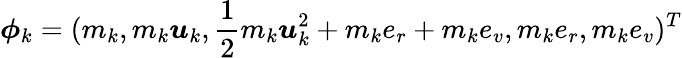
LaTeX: \boldsymbol{\phi}_{k}=(m_{k},m_{k}\boldsymbol{u}_{k},\frac{1}{2}m_{k}\boldsymbol{u}_{k}^{2}+{m_{k}}{e_{r}}+{m_{k}}{e_{v}},{m_{k}}{e_{r}},{m_{k}}{e_{v}})^{T}